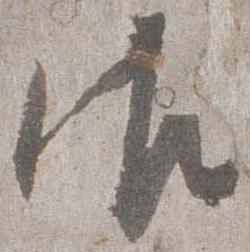
御